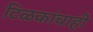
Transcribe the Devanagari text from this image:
टिळकांचाही